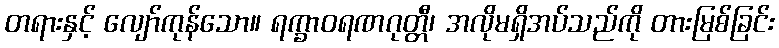
တရားနှင့် လျော်ကုန်သော။ ရက္ခာဝရဏဂုတ္တီ၊ အလိုမရှိအပ်သည်ကို တားမြစ်ခြင်း